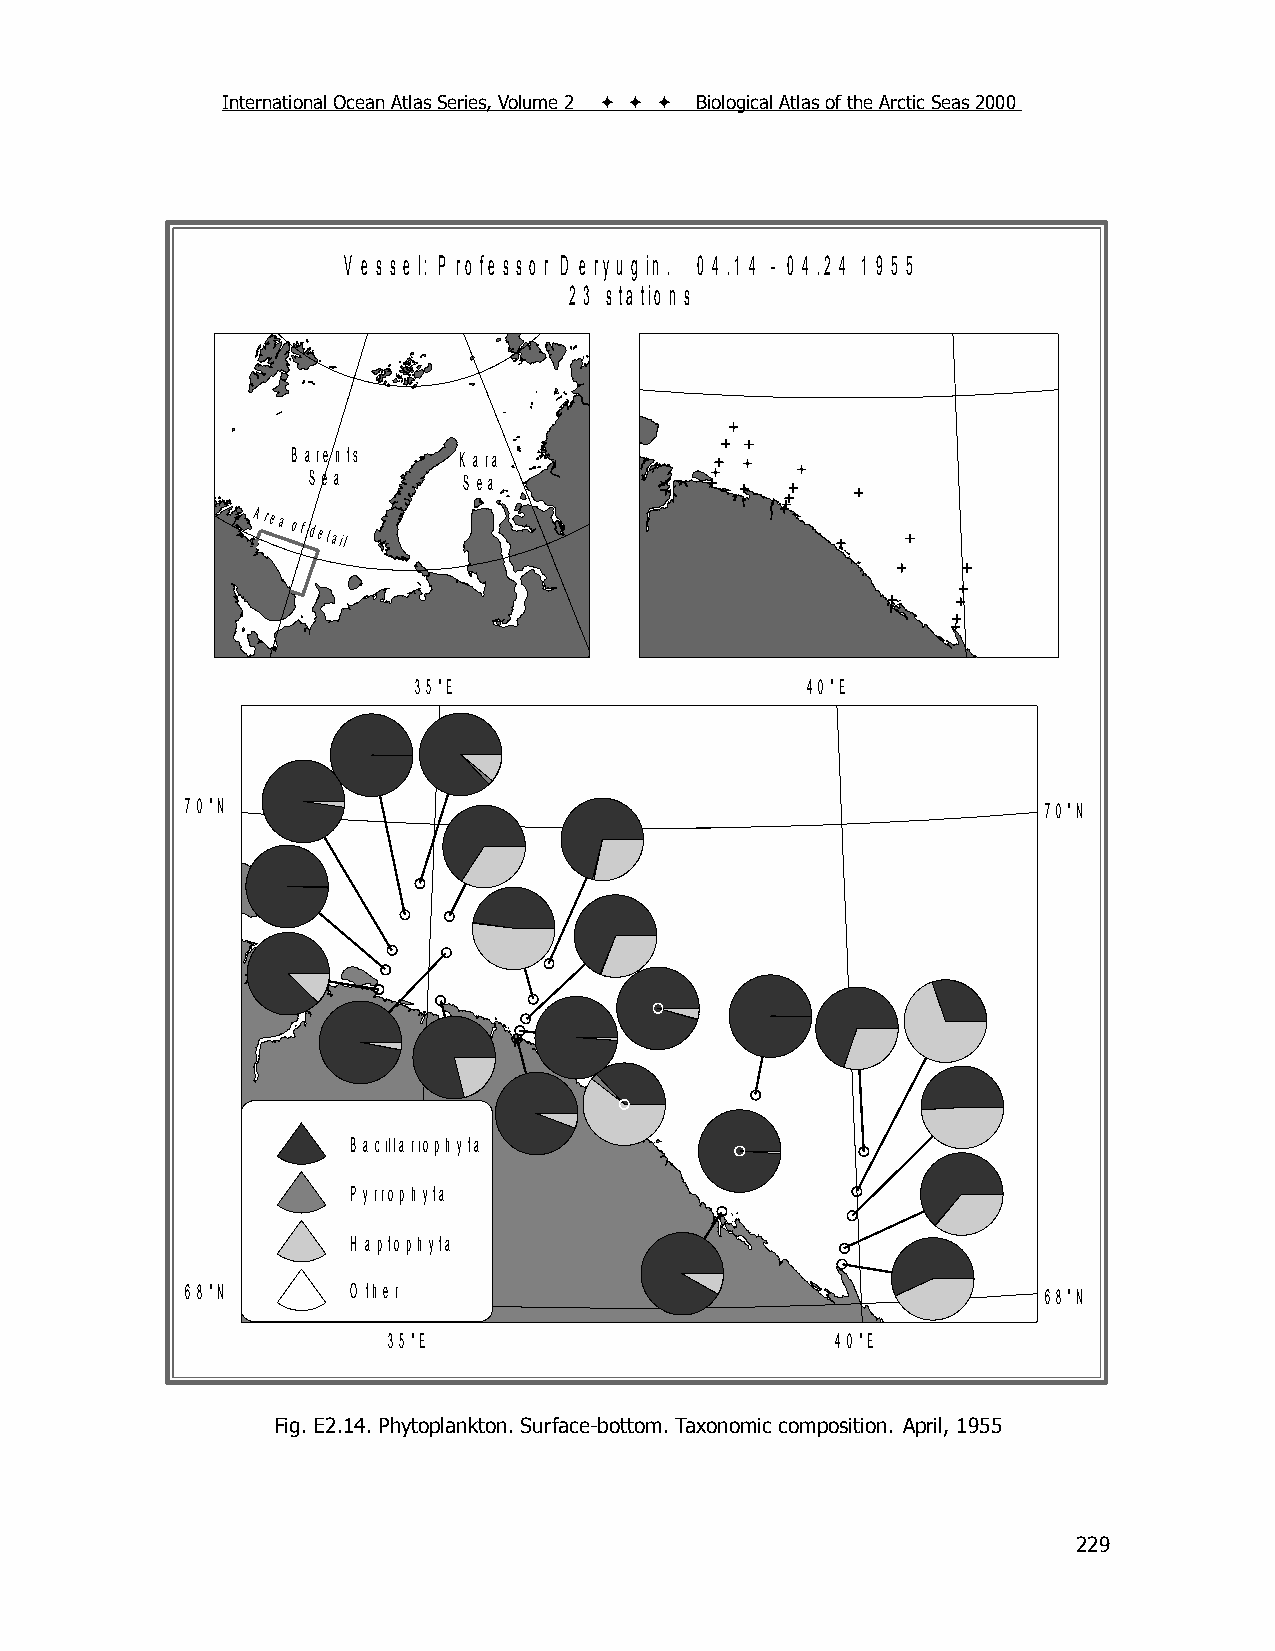
International Ocean Atlas Series, Volume 2    Biological Atlas of the Arctic Seas 2000
 V e s s e l: P ro fe s s o r D e ry u g in . 0 4 .1 4 - 0 4 .2 4 1 9 5 5
 2 3 s ta tio n s
 B a re n ts K a ra
 S e a      S e a
 Area
 of detail
 3 5 °E                    4 0 °E
 7 0 °N                                                   7 0 °N
 B a cilla rio p h yta
 P yrro p h yta
 H a p to p h yta
 6 8 °N     O th e r                                      6 8 °N
 3 5 °E                       4 0 °E
 Fig. E2.14. Phytoplankton. Surface-bottom. Taxonomic composition. April, 1955
 229